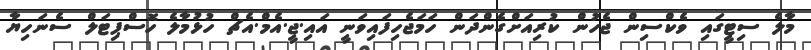
މާލެ ސިޓީގައި ވެކްސިން ޖެހުން ކުރިއަށްގެންދަން ހަމަޖެހިފައިވަނީ އައި.ޖީ.އެމް.އެޗް ހުޅުމާލެ ހޮސްޕިޓަލް ސެނަހިޔާ